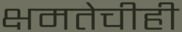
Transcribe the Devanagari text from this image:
क्षमतेचीही